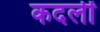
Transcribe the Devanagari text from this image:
कदलीं